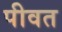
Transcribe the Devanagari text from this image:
पीवत